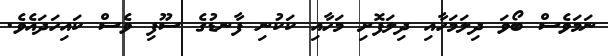
ނަމަވެސް ބޯވަ ދިލަމަހާއި ދިލަފޮށި މަހާއި ކަކުނި ފާނޑުގެ ސޫފި ވެސް ކައިހަދައެވެ.